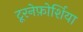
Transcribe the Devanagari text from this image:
टूरनेफ़ोर्शिया